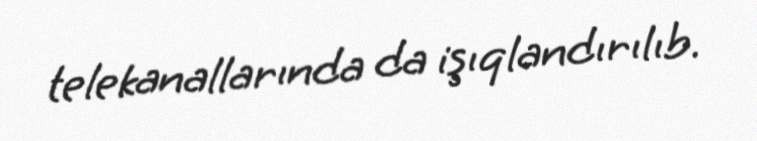
telekanallarında da işıqlandırılıb.